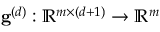
\mathbf { g } ^ { ( d ) } : \mathbb { R } ^ { m \times ( d + 1 ) } \rightarrow \mathbb { R } ^ { m }